Annual vaccination report of Bihar and Orissa - 1911-1928
Year: 1911
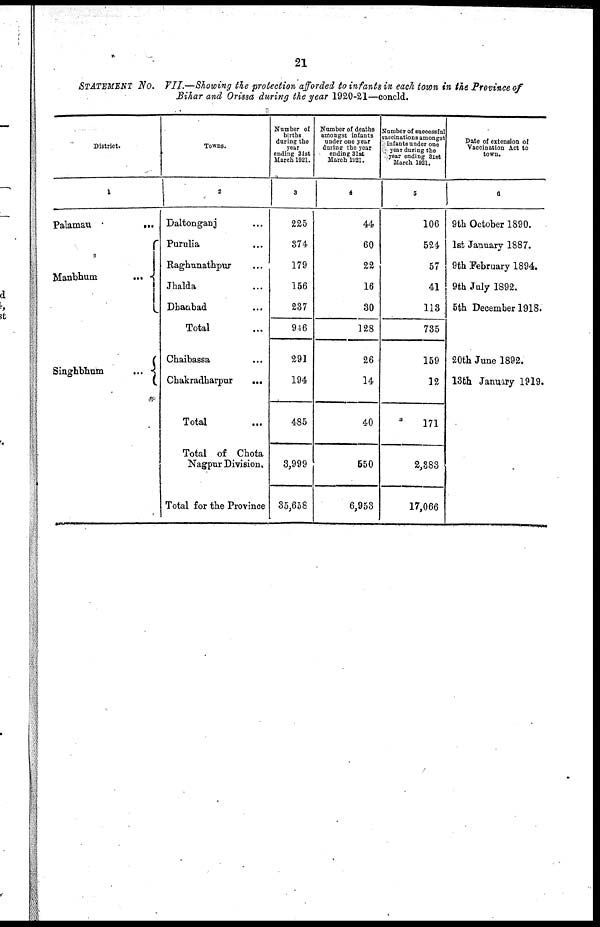
21
STATEMENT No. VII.—Showing the protection afforded to infants in each town in the Province of
Bihar and Orissa during the year 1920-21—concld.
District.
1
Palamau...
Manbhum
...
Singhbhum
...
...
Towns.
2
Daltonganj... ...
Purulia... ...
Raghunathpur... ...
Jhalda... ...
Dhanbad... ...
Total...
Chaibassa... ...
Chakradharpur... ...
Total...
Total of Chota
Nagpur Division.
Total for the Province
Number of
births
during the
year
ending 31st
March 1921.
3
225
374
179
156
237
946
291
194
485
3,999
35,658
Number of deaths
amongst infants
under one year
during the year
ending 31st
March 1921.
4
44
60
22
16
30
128
26
14
40
650
6,953
Number of successful
vaccinations amongst
infants under one
year during the
year ending 31st
March 1921.
5
106
524
57
41
113
735
159
12
171
2,383
17,066
Date of extension of
Vaccination Act to
town.
6
9th October 1890.
1st January 1887.
9th February 1894.
9th July 1892.
5th December 1918.
20th June 1892.
13th January 1919.